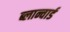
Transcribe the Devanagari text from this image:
ब्लान्चार्ड